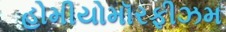
હોમીયોમૉરફીઝમ